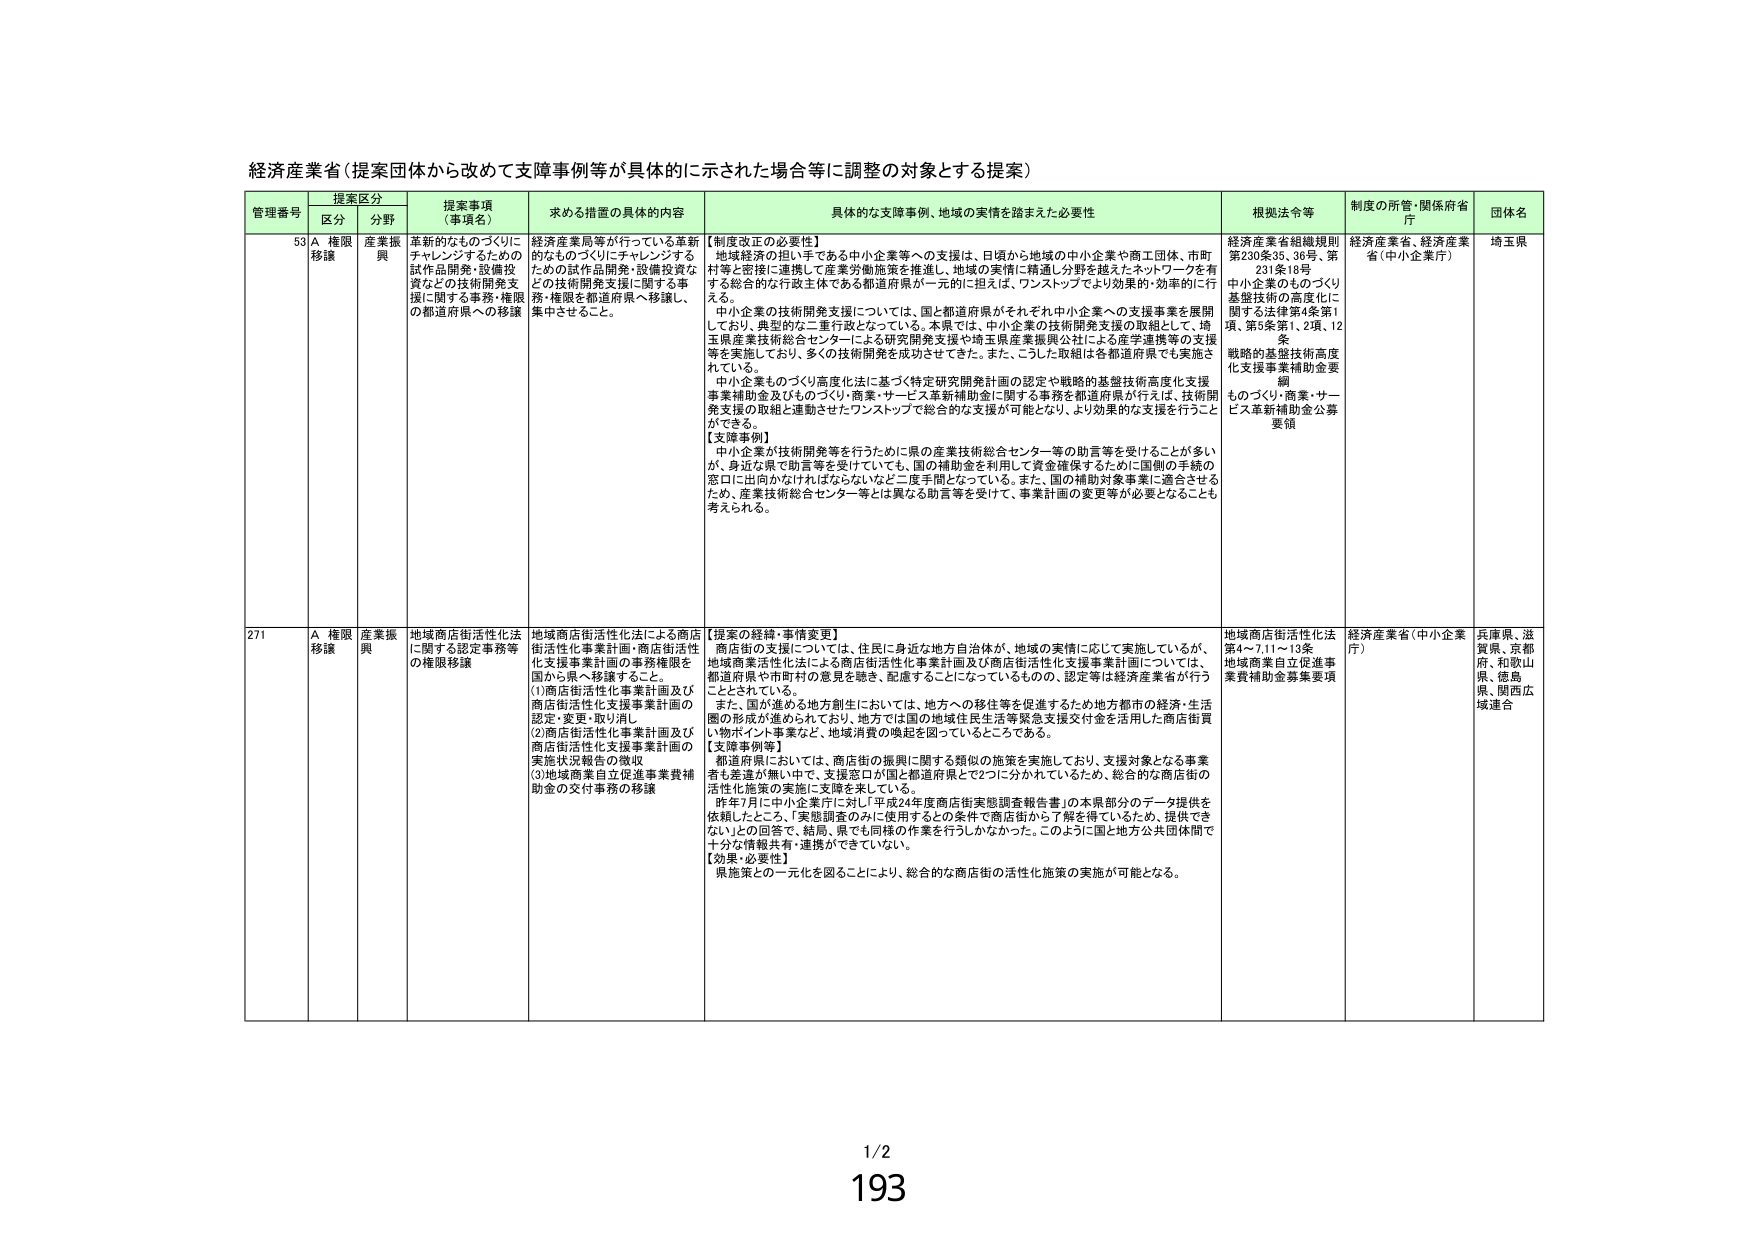
経済産業省（提案団体から改めて支援事例等が具体的に示された場合等に調整の対象とする提案）

管理番号 提案区分 提案事項（事項名） 求める措置の具体的内容 具体的な支援事例、地域の実情を踏まえた必要性 根拠法令等 制度の所管・関係府省庁 団体名
区分 分野

53 A 権限移譲 産業振興 革新的なものづくりにチャレンジするための試作品開発・設備投資などの技術開発支援に関する事務・権限の都道府県への移譲 経済産業局等が行っている革新的なものづくりにチャレンジするための試作品開発・設備投資などの技術開発支援に関する事務・権限を都道府県へ移譲し、集中させること。 【制度改正の必要性】
地域経済の担い手である中小企業等への支援は、日頃から地域の中小企業や商工団体、市町村等と密接に連携して産業労働施策を推進し、地域の実情に精通し分野を越えたネットワークを有する総合的な行政主体である都道府県が一元的に担えば、ワンストップにより効果的・効率的に行える。
中小企業の技術開発支援については、国と都道府県がそれぞれ中小企業への支援事業を展開しており、典型的な二重行政となっている。本県では、中小企業の技術開発支援の取組として、埼玉県産業技術総合センターによる研究開発支援や埼玉県産業振興公社による産学連携等の支援等を実施しており、多くの技術開発を成功させている。また、こうした取組は各都道府県でも実施されている。
中小企業ものづくり高度化法に基づく特定研究開発計画の認定や戦略的基盤技術高度化支援事業補助金及びものづくり・商業・サービス革新補助金に関する事務を都道府県が行えば、技術開発支援の取組と連動させたワンストップで総合的な支援が可能となり、より効果的な支援を行うことができる。
【支援事例】
中小企業が技術開発等を行うために県の産業技術総合センター等の助言等を受けることが多いが、身近な県で助言等を受けていても、国の補助金を利用して資金確保するために国側の手続の窓口に出向かなければならないなど二度手間となっている。また、国の補助対象事業に適合させるため、産業技術総合センター等とは異なる助言等を受けて、事業計画の変更等が必要となることも考えられる。 経済産業省組織規則第230条33、36号、第231条19号
中小企業のものづくり基盤技術の高度化に関する法律第4条第1項、第5条第1、2項、12条
戦略的基盤技術高度化支援事業補助金要綱
ものづくり・商業・サービス革新補助金公募要領 経済産業省、経済産業省（中小企業庁） 埼玉県

271 A 権限移譲 産業振興 地域商店街活性化法に関する認定事務等の権限移譲 地域商店街活性化法による商店街活性化事業計画・商店街活性化支援事業計画の事務権限を国から県へ移譲すること。
(1)商店街活性化事業計画及び商店街活性化支援事業計画の認定・変更・取り消し
(2)商店街活性化事業計画及び商店街活性化支援事業計画の実施状況報告の徴収
(3)地域商業自立促進事業費補助金の交付事務の移譲 【提案の経緯・事情変更】
商店街の支援については、住民に身近な地方自治体が、地域の実情に応じて実施しているが、地域商業活性化法による商店街活性化事業計画及び商店街活性化支援事業計画については、都道府県や市町村の意見を聴き、配慮することになっているものの、認定等は経済産業省が行うこととされている。
また、国が進める地方創生においては、地方への移住等を促進するため地方都市の経済・生活圏の形成が進められており、地方では国の地域住民生活等緊急支援交付金を活用した商店街買い物ポイント事業など、地域消費の喚起を図っているところである。
【支援事例等】
都道府県においては、商店街の振興に関する類似の施策を実施しており、支援対象となる事業者も差違が無い中で、支援窓口が国と都道府県とで2つに分かれているため、総合的な商店街の活性化施策の実施に支障を来している。
昨年7月に中小企業庁に対し「平成24年度商店街実態調査報告書」の本県部分のデータ提供を依頼したところ、「実態調査のみに使用するとの条件で商店街から了解を得ているため、提供できない」との回答で、結局、県でも同様の作業を行うしかなかった。このように国と地方公共団体間で十分な情報共有・連携ができていない。
【効果・必要性】
県施策との一元化を図ることにより、総合的な商店街の活性化施策が可能となる。 地域商店街活性化法第4～7,11～13条
地域商業自立促進事業費補助金募集要項 経済産業省（中小企業庁） 兵庫県、滋賀県、京都府、和歌山県、徳島県、関西広域連合

1/2
193